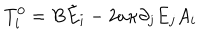
T _ { i } ^ { 0 } = B \tilde { E } _ { i } - 2 a \kappa \partial _ { j } E _ { j } A _ { i }